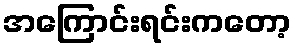
အကြောင်းရင်းကတော့